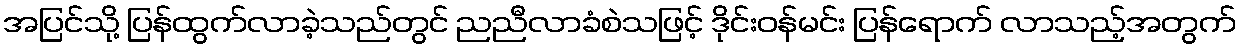
အပြင်သို့ ပြန်ထွက်လာခဲ့သည်တွင် ညညီလာခံစဲသဖြင့် ဒိုင်းဝန်မင်း ပြန်ရောက် လာသည့်အတွက်